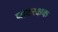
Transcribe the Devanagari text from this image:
घाटरक्षक